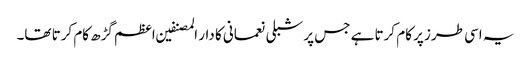
یہ اسی طرز پر کام کرتا ہے جس پر شبلی نعمانی کا دار المصنفین اعظم گڑھ کام کرتا تھا۔